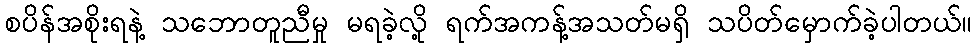
စပိန်အစိုးရနဲ့ သဘောတူညီမှု မရခဲ့လို့ ရက်အကန့်အသတ်မရှိ သပိတ်မှောက်ခဲ့ပါတယ်။